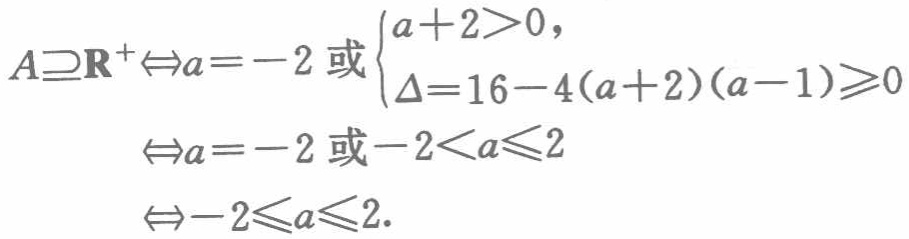
\[

\begin{align*}

A\supseteq\mathbf{R}^{+}&\Leftrightarrow a = - 2\text{ 或 }\begin{cases}a + 2>0,\\\Delta=16 - 4(a + 2)(a - 1)\geqslant0\end{cases}\\

&\Leftrightarrow a=-2\text{ 或 }-2 < a\leqslant2\\

&\Leftrightarrow - 2\leqslant a\leqslant2.

\end{align*}

\]